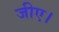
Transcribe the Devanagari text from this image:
जीए।